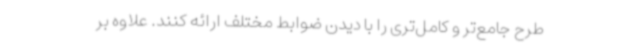
طرح جامع‌تر و کامل‌تری را با دیدن ضوابط مختلف ارائه کنند. علاوه بر